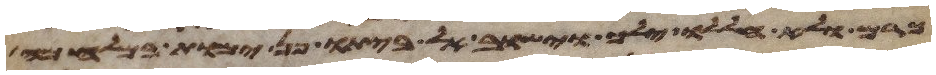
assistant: כרם ולא חללו ילך וישוב לביתו פן ימות במלחמה